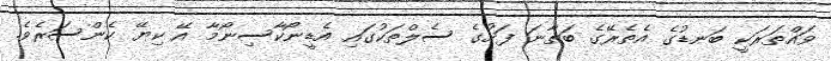
ވައްތަރަކީ ބަނޑުގެ އެތެރޭގެ ބަތާނަ ފަށުގެ ސެލްތަކުގައި އެޑީނޯކާސިނޯމާ އޭ ކިޔޭ ކެންސަރެވެ.